Plague in India, 1896, 1897 - Volume 3
Year: 1896
Disease focus: Plague
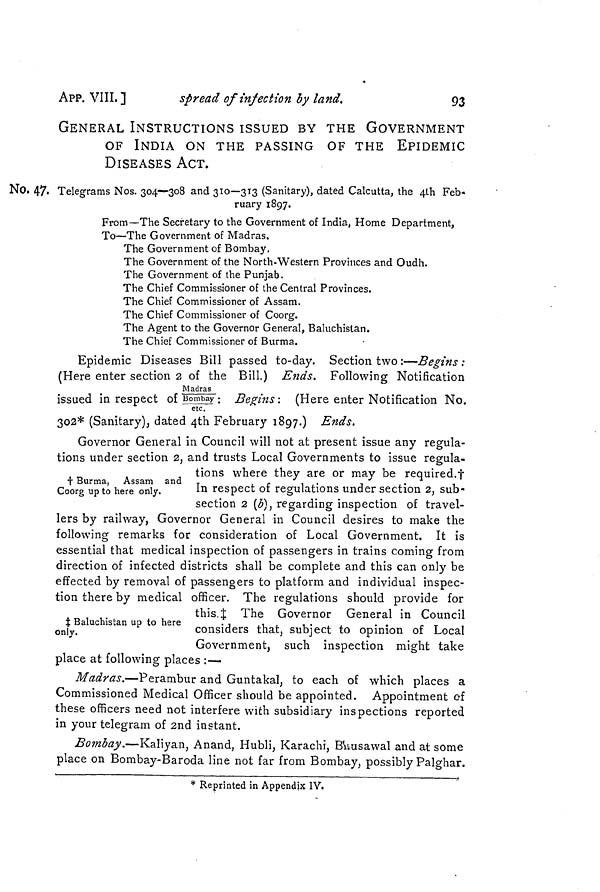
APP. VIII. ]
spread of infection by land.
93
GENERAL INSTRUCTIONS ISSUED BY THE GOVERNMENT
OF INDIA ON THE PASSING OF THE EPIDEMIC
DISEASES ACT.
No, 47. Telegrams Nos. 304—308 and 310—313 (Sanitary), dated Calcutta, the 4th Feb-
ruary 1897.
From—The Secretary to the Government of India, Home Department,
To—The Government of Madras.
The Government of Bombay,
The Government of the North-Western Provinces and Oudh.
The Government of the Punjab.
The Chief Commissioner of the Central Provinces.
The Chief Commissioner of Assam.
The Chief Commissioner of Coorg.
The Agent to the Governor General, Baluchistan.
The Chief Commissioner of Burma.
Epidemic Diseases Bill passed to-day. Section two :—Begins :
(Here enter section 2 of the Bill.) Ends. Following Notification
Madras
issued in respect of Bombay : Begins : (Here enter Notification No.
etc.
302* (Sanitary), dated 4th February 1897.) Ends.
† Burma, Assam and
Coorg up to here only.
Governor General in Council will not at present issue any regula-
tions under section 2, and trusts Local Governments to issue regula-
tions where they are or may be required.†
In respect of regulations under section 2, sub-
section 2 (b), regarding inspection of travel-
lers by railway, Governor General in Council desires to make the
following remarks for consideration of Local Government. It is
essential that medical inspection of passengers in trains coming from
direction of infected districts shall be complete and this can only be
effected by removal of passengers to platform and individual inspec-
tion there by medical officer. The regulations should provide for
this.‡ The Governor General in Council
‡ Baluchistan up to here
only
considers that, subject to opinion of Local
Government, such inspection might take
place at following places :—
Madras.—Perambur and Guntakal, to each of which places a
Commissioned Medical Officer should be appointed. Appointment of
these officers need not interfere with subsidiary inspections reported
in your telegram of 2nd instant.
Bombay.—Kaliyan, Anand, Hubli, Karachi, Busawal and at some
place on Bombay-Baroda line not far from Bombay, possibly Palghar.
* Reprinted in Appendix IV.